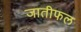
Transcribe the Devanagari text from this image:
जातीफल